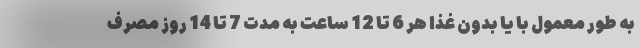
به طور معمول با یا بدون غذا هر 6 تا 12 ساعت به مدت 7 تا 14 روز مصرف